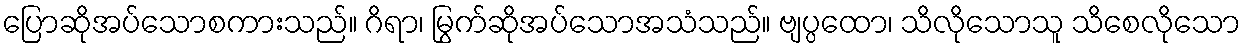
ပြောဆိုအပ်သောစကားသည်။ ဂိရာ၊ မြွက်ဆိုအပ်သောအသံသည်။ ဗျပ္ပထော၊ သိလိုသောသူ သိစေလိုသော